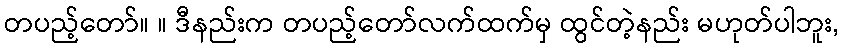
တပည့်တော်။ ။ ဒီနည်းက တပည့်တော်လက်ထက်မှ ထွင်တဲ့နည်း မဟုတ်ပါဘူး,